Report of veterinary surgeon J.H. Steel, A.V.D., on his investigation into an obscure and fatal disease among transport mules in British Burma
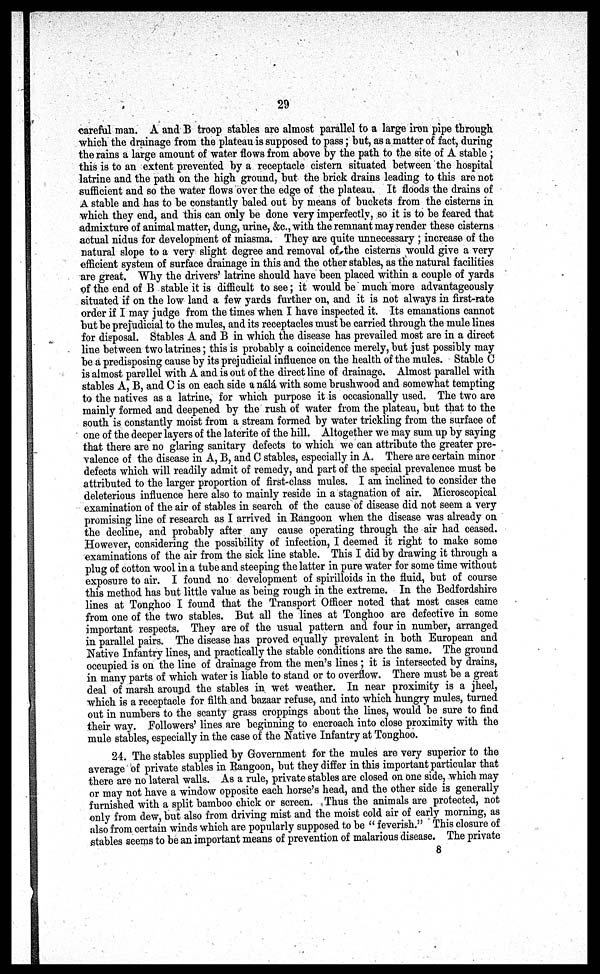
29
careful man. A and B troop stables are almost parallel to a large iron pipe through
which the drainage from the plateau is supposed to pass; but, as a matter of fact, during
the rains a large amount of water flows from above by the path to the site of A stable ;
this is to an extent prevented by a receptacle cistern situated between the hospital
latrine and the path on the high ground, but the brick drains leading to this are not
sufficient and so the water flows over the edge of the plateau. It floods the drains of
A stable and has to be constantly baled out by means of buckets from the cisterns in
which they end, and this can only be done very imperfectly, so it is to be feared that
admixture of animal matter, dung, urine, &c., with the remnant may render these cisterns
actual nidus for development of miasma. They are quite unnecessary ; increase of the
natural slope to a very slight degree and removal of the cisterns would give a very
efficient system of surface drainage in this and the other stables, as the natural facilities
are great. Why the drivers' latrine should have been placed within a couple of yards
of the end of B stable it is difficult to see; it would be much more advantageously
situated if on the low land a few yards further on, and it is not always in first-rate
order if I may judge from the times when I have inspected it. Its emanations cannot
but be prejudicial to the mules, and its receptacles must be carried through the mule lines
for disposal. Stables A and B in which the disease has prevailed most are in a direct
line between two latrines; this is probably a coincidence merely, but just possibly may
be a predisposing cause by its prejudicial influence on the health of the mules. Stable 0
is almost parallel with A and is out of the direct line of drainage. Almost parallel with
stables A, B, and C is on each side a nala with some brushwood and somewhat tempting
to the natives as a latrine, for which purpose it is occasionally used. The two are
mainly formed and deepened by the rush of water from the plateau, but that to the
south is constantly moist from a stream formed by water trickling from the surface of
one of the deeper layers of the laterite of the hill. Altogether we may sum up by saying
that there are no glaring sanitary defects to which we can attribute the greater pre-
valence of the disease in A, B, and C stables, especially in A. There are certain minor
defects which will readily admit of remedy, and part of the special prevalence must be
attributed to the larger proportion of first-class mules. I am inclined to consider the
deleterious influence here also to mainly reside in a stagnation of air. Microscopical
examination of the air of stables in search of the cause of disease did not seem a very
promising line of research as I arrived in Rangoon when the disease was already on
the decline, and probably after any cause operating through the air had ceased.
However, considering the possibility of infection, I deemed it right to make some
examinations of the air from the sick line stable. This I did by drawing it through a
plug of cotton wool in a tube and steeping the latter in pure water for some time without
exposure to air. I found no development of spirilloids in the fluid, but of course
this method has but little value as being rough in the extreme. In the Bedfordshire
lines at Tonghoo I found that the Transport Officer noted that most cases came
from one of the two stables. But all the lines at Tonghoo are defective in some
important respects. They are of the usual pattern and four in number, arranged
in parallel pairs. The disease has proved equally prevalent in both European and
Native Infantry lines, and practically the stable conditions are the same. The ground
occupied is on the line of drainage from the men's lines ; it is intersected by drains,
in many parts of which water is liable to stand or to overflow. There must be a great
deal of marsh around the stables in wet weather. In near proximity is a jheel,
which is a receptacle for filth and bazaar refuse, and into which hungry mules, turned
out in numbers to the scanty grass croppings about the lines, would be sure to find
their way. Followers' lines are beginning to encroach into close proximity with the
mule stables, especially in the case of the Native Infantry at Tonghoo.
24. The stables supplied by Government for the mules are very superior to the
average of private stables in Rangoon, but they differ in this important particular that
there are no lateral walls. As a rule, private stables are closed on one side, which may
or may not have a window opposite each horse's head, and the other side is generally
furnished with a split bamboo chick or screen. Thus the animals are protected, not
only from dew, but also from driving mist and the moist cold air of early morning, as
also from certain winds which are popularly supposed to be " feverish." This closure of
stables seems to be an important means of prevention of malarious disease. The private
8